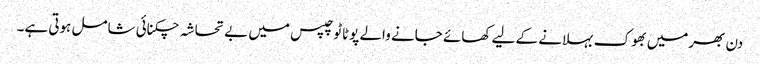
دن بھرمیں بھوک بہلانے کے لیے کھائے جانے والے پوٹاٹو چپس میں بے تحاشہ چکنائی شامل ہوتی ہے۔